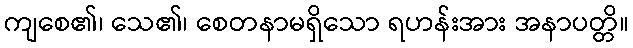
ကျစေ၏၊ သေ၏၊ စေတနာမရှိသော ရဟန်းအား အနာပတ္တိ။